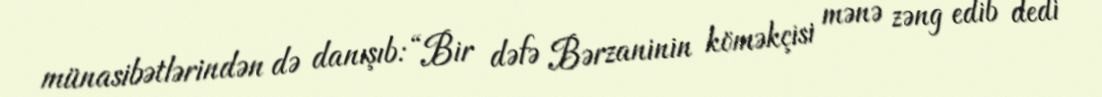
münasibətlərindən də danışıb: “Bir dəfə Bərzaninin köməkçisi mənə zəng edib dedi